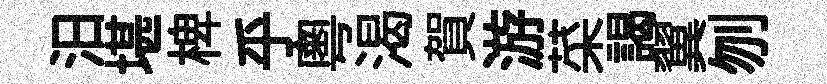
汨堪椑乎粤渴賀游菜謁翼刎